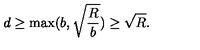
d \geq \max ( b , \sqrt { \frac { R } { b } } ) \geq \sqrt { R } .